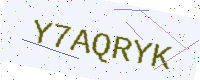
Text: Y7AQRYK